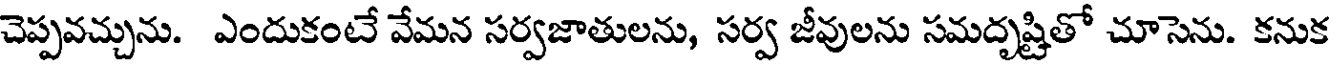
చెప్పవచ్చును. ఎందుకంటే వేమన సర్వజాతులను, సర్వ జీవులను సమదృష్టితో చూసెను. కనుక